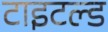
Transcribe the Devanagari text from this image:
टाइटल्ड